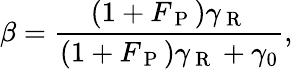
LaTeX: \beta=\frac{(1+F_{\mathrm{~P~}})\gamma_{\mathrm{~R~}}}{(1+F_{\mathrm{~P~}})\gamma_{\mathrm{~R~}}+\gamma_{0}},